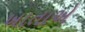
ખાતાએ